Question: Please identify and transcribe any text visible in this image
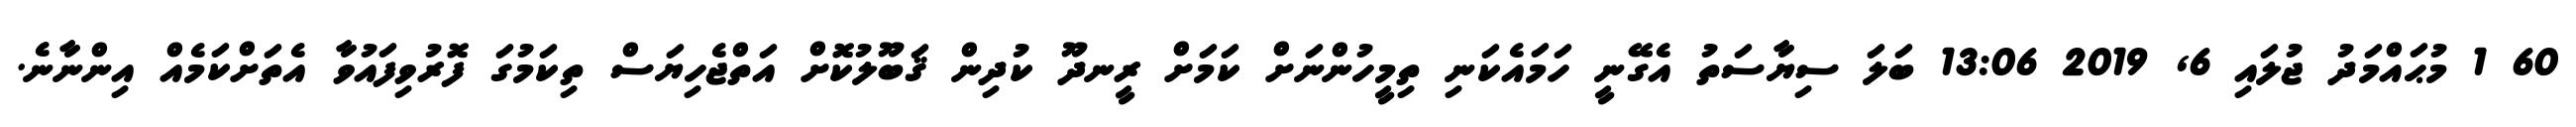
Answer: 60 1 މުޙައްމަދު ޖުލައި 6, 2019 13:06 ބަލަ ސިޔާސަތު އެގޭނީ ހަމައެކަނި ތިމީހުންނަށް ކަމަށް ރީނދޫ ކުދިން ޤަބޫލުކޮށް އަތްޖެހިޔަސް ތިކަމުގަ ފޮރުވިފައުވާ އެތަށްކަމެއް އިންނާނެ.